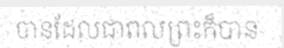
បានដែលជាពលព្រះក៏បាន